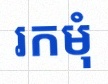
រកមុំ